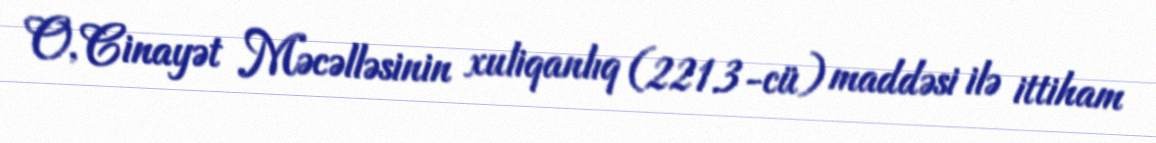
O, Cinayət Məcəlləsinin xuliqanlıq (221.3-cü) maddəsi ilə ittiham